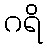
ဂရိ